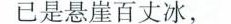
已是悬崖百丈冰，